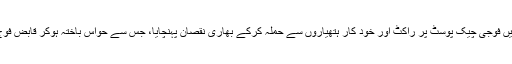
جمعہ ہی کے روز شام کو آوارن پیراندر میں فوجی چیک پوسٹ پر راکٹ اور خود کار ہتھیاروں سے حملہ کرکے بھاری نقصان پہنچایا، جس سے حواس باختہ ہوکر قابض فوج نے عام آبادی کی جانب مارٹر فائر کئے۔